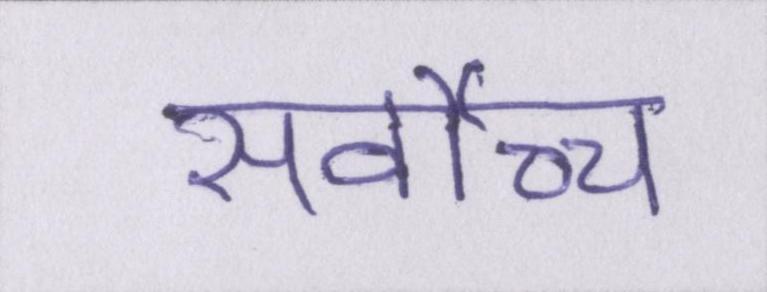
सर्वोच्च